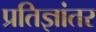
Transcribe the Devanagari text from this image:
प्रतिज्ञांतर